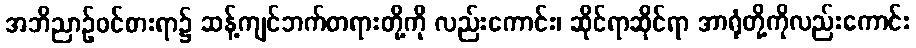
အဘိညာဉ်ဝင်စားရာ၌ ဆန့်ကျင်ဘက်တရားတို့ကို လည်းကောင်း၊ ဆိုင်ရာဆိုင်ရာ အာရုံတို့ကိုလည်းကောင်း